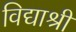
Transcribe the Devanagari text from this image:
विद्याश्री